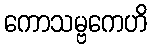
ကောသမ္ဗကေဟိ